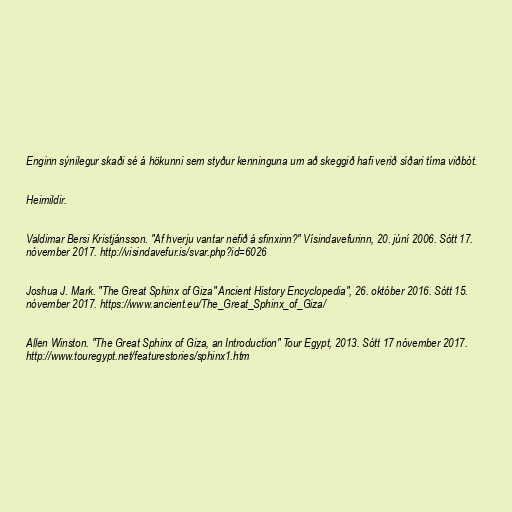
Enginn sýnilegur skaði sé á hökunni sem styður kenninguna um að skeggið hafi verið síðari tíma viðbót.

Heimildir.

Valdimar Bersi Kristjánsson. "Af hverju vantar nefið á sfinxinn?" Vísindavefurinn, 20. júní 2006. Sótt 17.
nóvember 2017. http://visindavefur.is/svar.php?id=6026

Joshua J. Mark. "The Great Sphinx of Giza" Ancient History Encyclopedia", 26. október 2016. Sótt 15.
nóvember 2017. https://www.ancient.eu/The_Great_Sphinx_of_Giza/

Allen Winston. "The Great Sphinx of Giza, an Introduction" Tour Egypt, 2013. Sótt 17 nóvember 2017.
http://www.touregypt.net/featurestories/sphinx1.htm